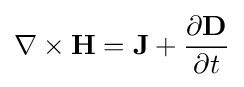
\nabla \times \mathbf {H} =\mathbf {J} +{\frac {\partial \mathbf {D} }{\partial t}}